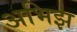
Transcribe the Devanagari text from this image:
अभिझ